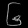
Digit: ၆